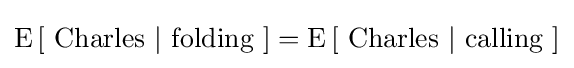
\operatorname {E} \left[{\mbox{ Charles }}|{\mbox{ folding }}\right]=\operatorname {E} \left[{\mbox{ Charles }}|{\mbox{ calling }}\right]